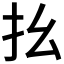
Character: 𢩼